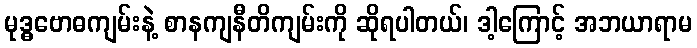
မုဒ္ဓဗောဓကျမ်းနဲ့ စာနကျနီတိကျမ်းကို ဆိုရပါတယ်၊ ဒါ့ကြောင့် အဘယာရာမ